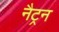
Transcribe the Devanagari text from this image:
नैट्रन